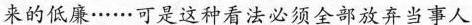
来的低廉……可是这种看法必须全部放弃当事人